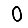
Digit: 0